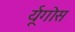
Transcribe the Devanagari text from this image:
र्यूगोस